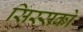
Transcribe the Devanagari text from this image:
सिस्सको